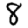
Digit: 8